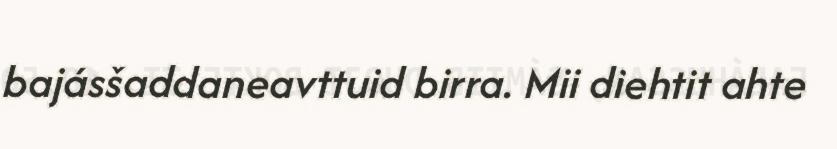
bajásšaddaneavttuid birra. Mii diehtit ahte